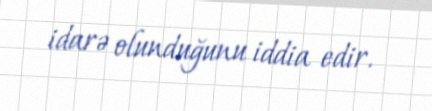
idarə olunduğunu iddia edir.